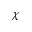
\chi